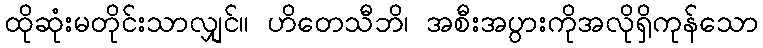
ထိုဆုံးမတိုင်းသာလျှင်။ ဟိတေသီဘိ၊ အစီးအပွားကိုအလိုရှိကုန်သော